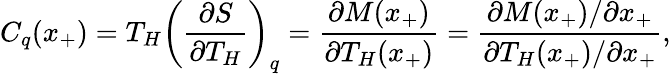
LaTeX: C_{q}(x_{+})=T_{H}\left(\frac{\partial S}{\partial T_{H}}\right)_{q}=\frac{\partial M(x_{+})}{\partial T_{H}(x_{+})}=\frac{\partial M(x_{+})/\partial x_{+}}{\partial T_{H}(x_{+})/\partial x_{+}},